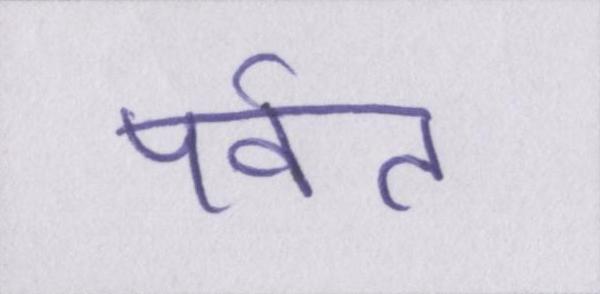
पर्वत